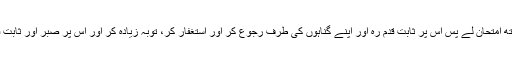
جب وہ تیرا کسی بلا کے ساتھ امتحان لے پس اس پر ثابت قدم رہ اور اپنے گناہوں کی طرف رجوع کر اور استغفار کر، توبہ زیادہ کر اور اس پر صبر اور ثابت قدمی کی درخواست کرتا رہ۔